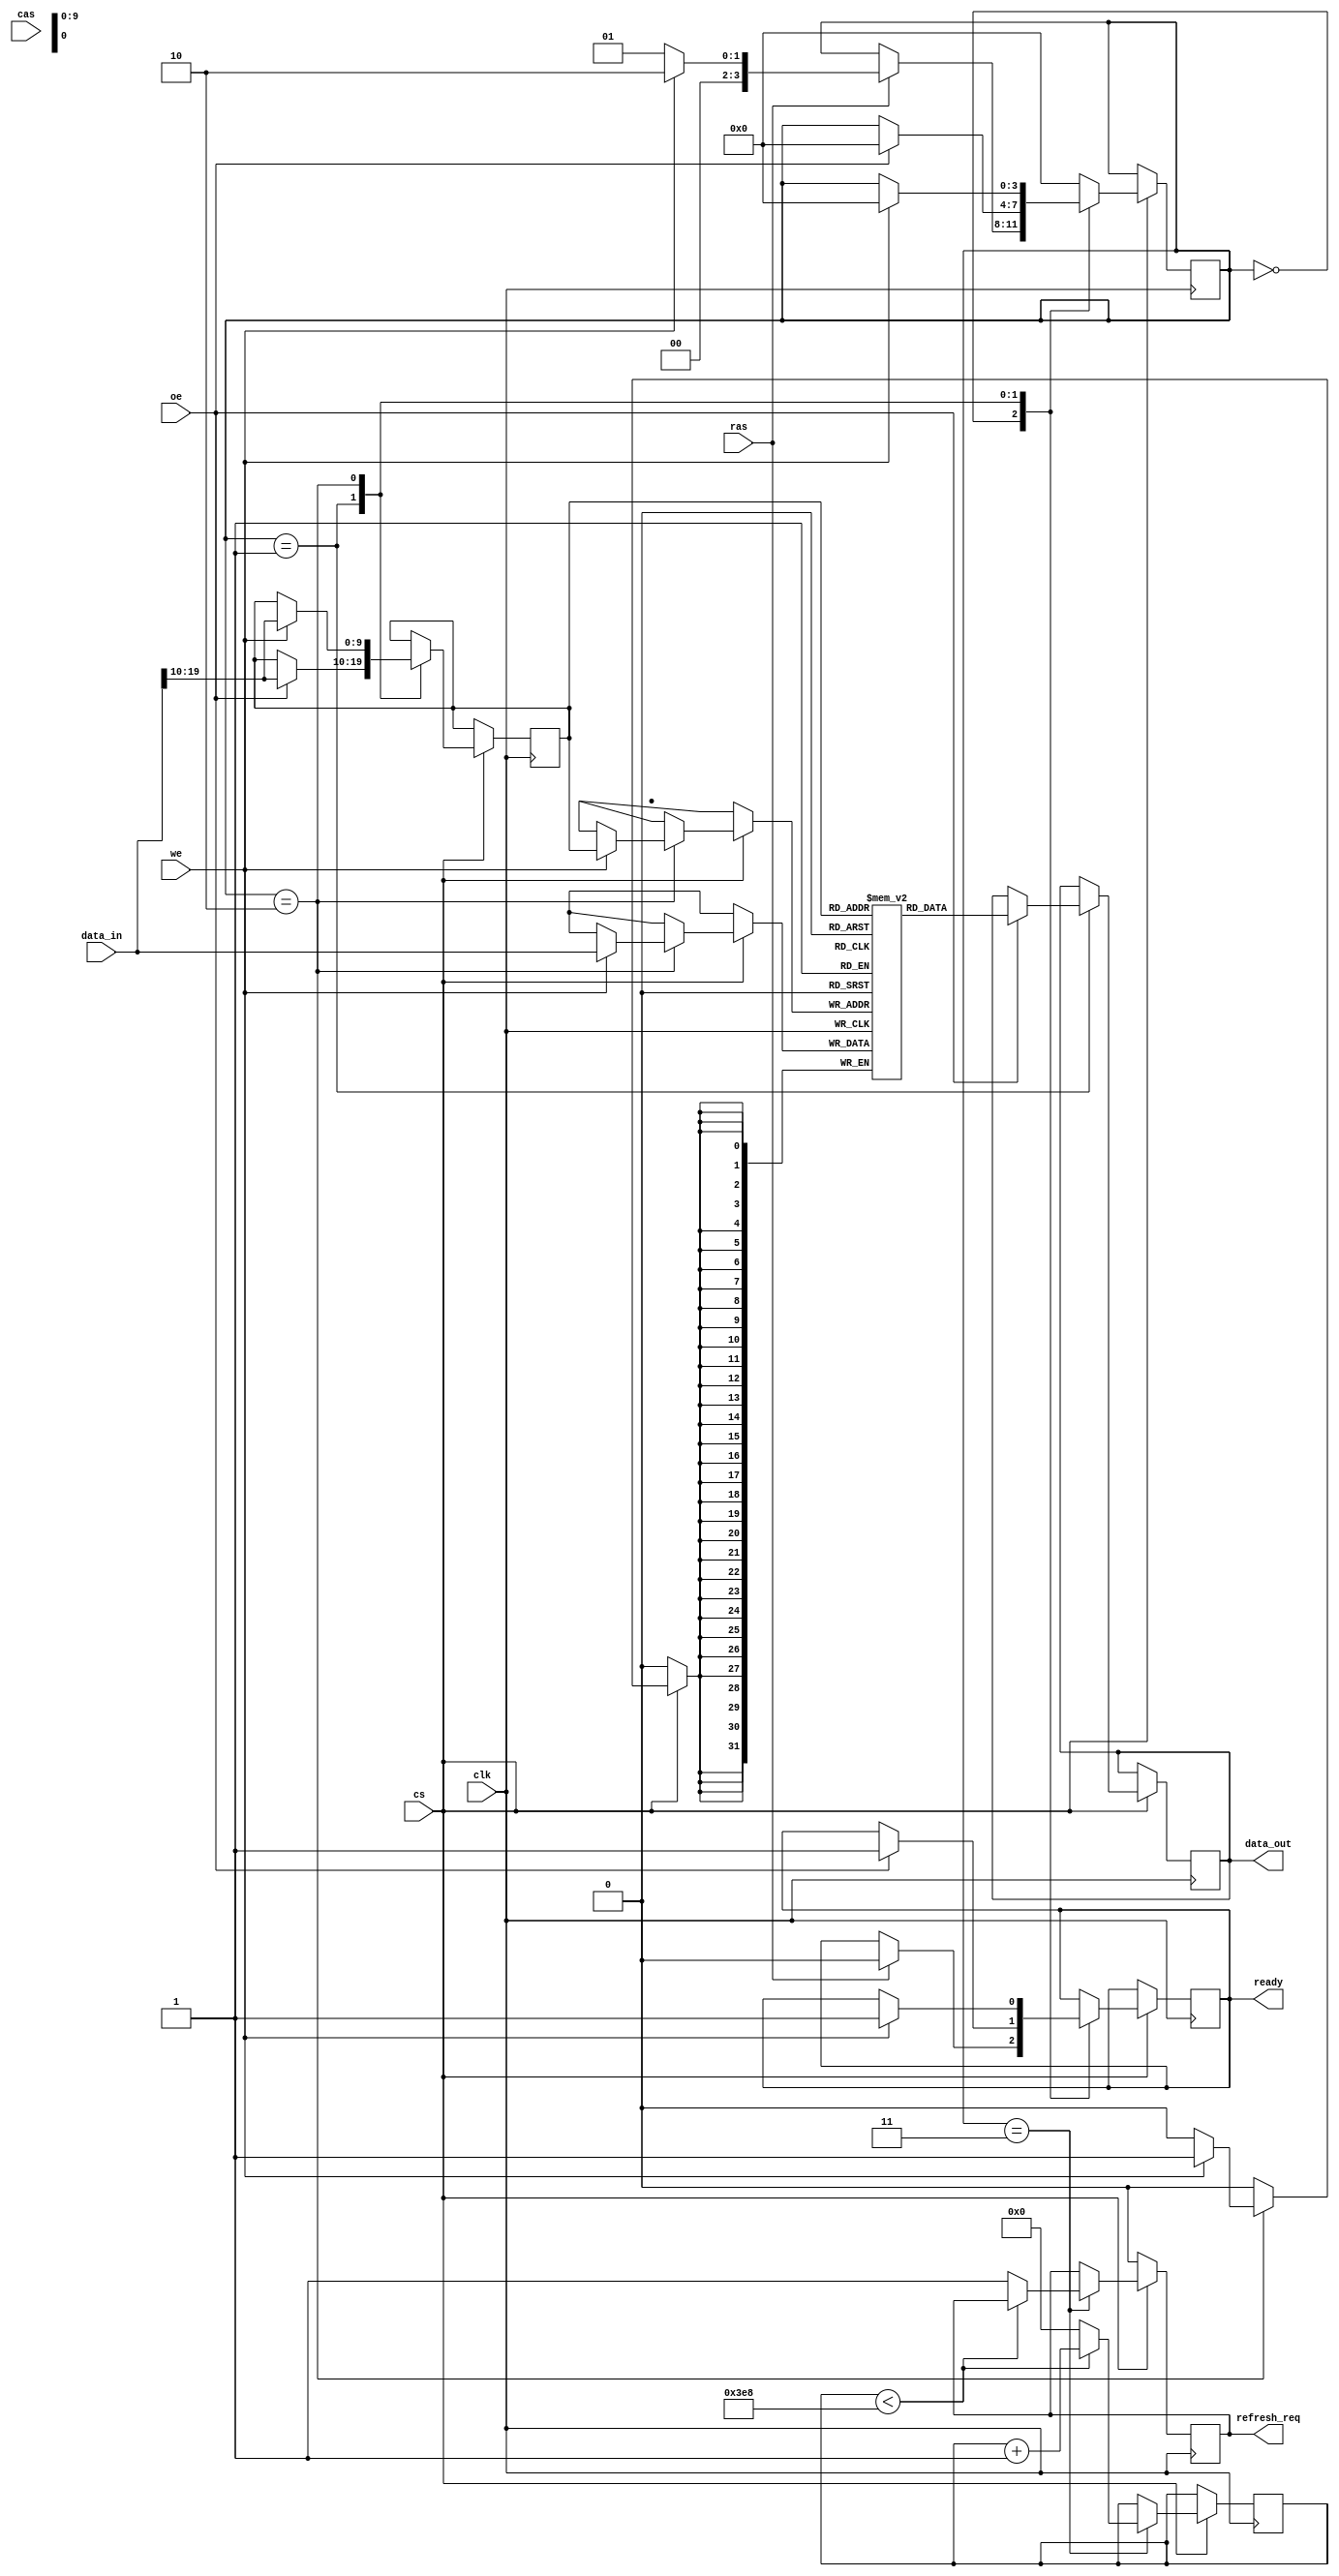
module sdram_io_block (
    input wire clk,         // Clock signal
    input wire cs,          // Chip Select
    input wire ras,         // Row Address Strobe
    input wire cas,         // Column Address Strobe
    input wire we,          // Write Enable
    input wire oe,          // Output Enable
    input wire [31:0] data_in, // Data input from external controller
    output reg [31:0] data_out, // Data output to external controller
    output reg ready,       // Ready signal to indicate operation completion
    output reg refresh_req   // Refresh request signal
);

    reg [31:0] memory [0:1023]; // Simple memory array (1KB)
    reg [9:0] row_addr;          // Row address
    reg [9:0] col_addr;          // Column address
    reg [3:0] state;             // State machine for operations
    reg [15:0] refresh_counter;  // Counter for refresh operations

    // State definitions
    localparam IDLE       = 4'b0000;
    localparam READ       = 4'b0001;
    localparam WRITE      = 4'b0010;
    localparam REFRESH    = 4'b0011;

    // Initial state
    initial begin
        ready = 1;
        refresh_req = 0;
        refresh_counter = 0;
        state = IDLE;
    end

    // Main operation
    always @(posedge clk) begin
        if (cs) begin
            case (state)
                IDLE: begin
                    if (ras) begin
                        row_addr <= data_in[9:0]; // Latch row address
                        state <= (we) ? WRITE : READ; // Determine operation
                        ready <= 0; // Not ready during operation
                    end
                end
                READ: begin
                    if (oe) begin
                        col_addr <= data_in[19:10]; // Latch column address
                        data_out <= memory[{row_addr, col_addr}]; // Read data
                        state <= IDLE; // Go back to IDLE
                        ready <= 1; // Operation complete
                    end
                end
                WRITE: begin
                    if (we) begin
                        col_addr <= data_in[19:10]; // Latch column address
                        memory[{row_addr, col_addr}] <= data_in[31:0]; // Write data
                        state <= IDLE; // Go back to IDLE
                        ready <= 1; // Operation complete
                    end
                end
                REFRESH: begin
                    // Refresh logic (simple counter based)
                    if (refresh_counter < 1000) begin
                        refresh_counter <= refresh_counter + 1;
                    end else begin
                        refresh_req <= 1; // Request refresh
                        refresh_counter <= 0; // Reset counter
                    end
                    state <= IDLE; // Go back to IDLE
                end
                default: state <= IDLE; // Default case
            endcase
        end else begin
            // Handle refresh request
            if (refresh_req) begin
                // Refresh operation (for all rows)
                // In a real design, this would involve activating each row
                refresh_req <= 0; // Clear refresh request
            end
        end
    end

endmodule